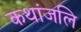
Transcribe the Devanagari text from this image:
कथांजलि